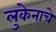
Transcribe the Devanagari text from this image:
लुकेनाचे